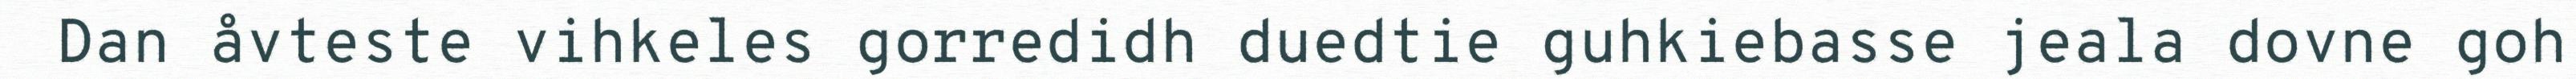
Dan åvteste vihkeles gorredidh duedtie guhkiebasse jeala dovne goh